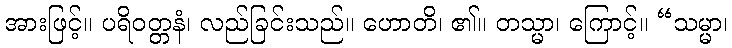
အားဖြင့်။ ပရိဝတ္တနံ၊ လည်ခြင်းသည်။ ဟောတိ၊ ၏။ တသ္မာ၊ ကြောင့်။ “သမ္မာ၊